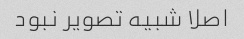
اصلا شبیه تصویر نبود